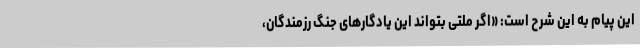
این پیام به این شرح است: «اگر ملتی بتواند این یادگارهای جنگ رزمندگان،